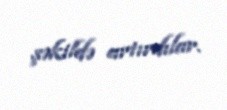
şəkildə artırdılar.